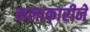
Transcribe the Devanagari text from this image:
कलाकारीने